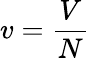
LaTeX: v={\frac{V}{N}}